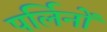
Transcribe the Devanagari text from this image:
पर्लिनों